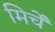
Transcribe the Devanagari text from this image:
मिर्चें